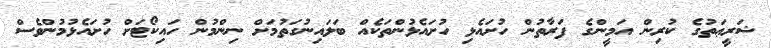
ޝަރީޢަތުގެ ކުރިން އަމީންގެ ފަރާތުން ހުށައެޅި ހުށައެޅުންތަކެއް ބަލައިނުގަތުމަށް ނިންމުން ހައިކޯޓަށް ހުށައެޅުމުންވެސް